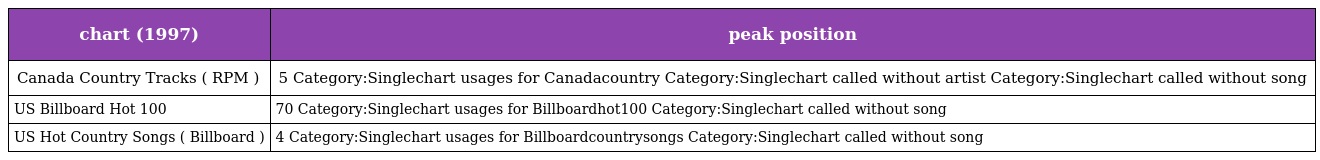
| chart (1997) | peak position |
 | --- | --- |
 | Canada Country Tracks ( RPM ) | 5 Category:Singlechart usages for Canadacountry Category:Singlechart called without artist Category:Singlechart called without song |
 | US Billboard Hot 100 | 70 Category:Singlechart usages for Billboardhot100 Category:Singlechart called without song |
 | US Hot Country Songs ( Billboard ) | 4 Category:Singlechart usages for Billboardcountrysongs Category:Singlechart called without song |